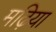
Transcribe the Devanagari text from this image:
मढ़िया